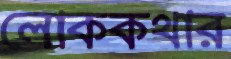
লোককথার